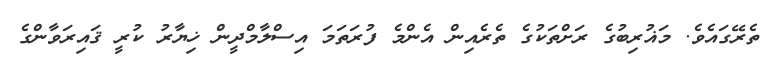
ތެރޭގައެވެ. މަޣުރިބުގެ ރަށްތަކުގެ ތެރެއިން އެންމެ ފުރަތަމަ އިސްލާމްދީން ޚިޔާރު ކުރީ ޤައިރަވާންގެ